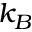
k _ { B }